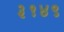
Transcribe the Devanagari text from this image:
३१४९